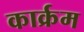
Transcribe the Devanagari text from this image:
कार्क्रम